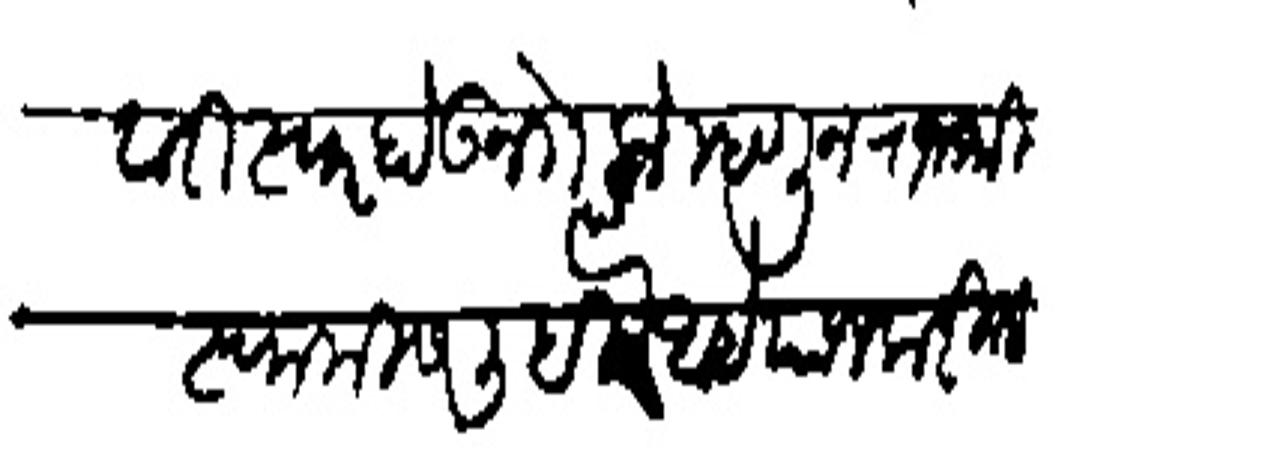
Transliteration (Devanagari): मंदवारी स्वार होऊन गेलो म्हणून राजथी स्वामीस लिहिले आहे याजकरिता